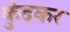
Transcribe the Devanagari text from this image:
कुंदकर